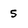
Character: 5